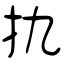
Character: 扏